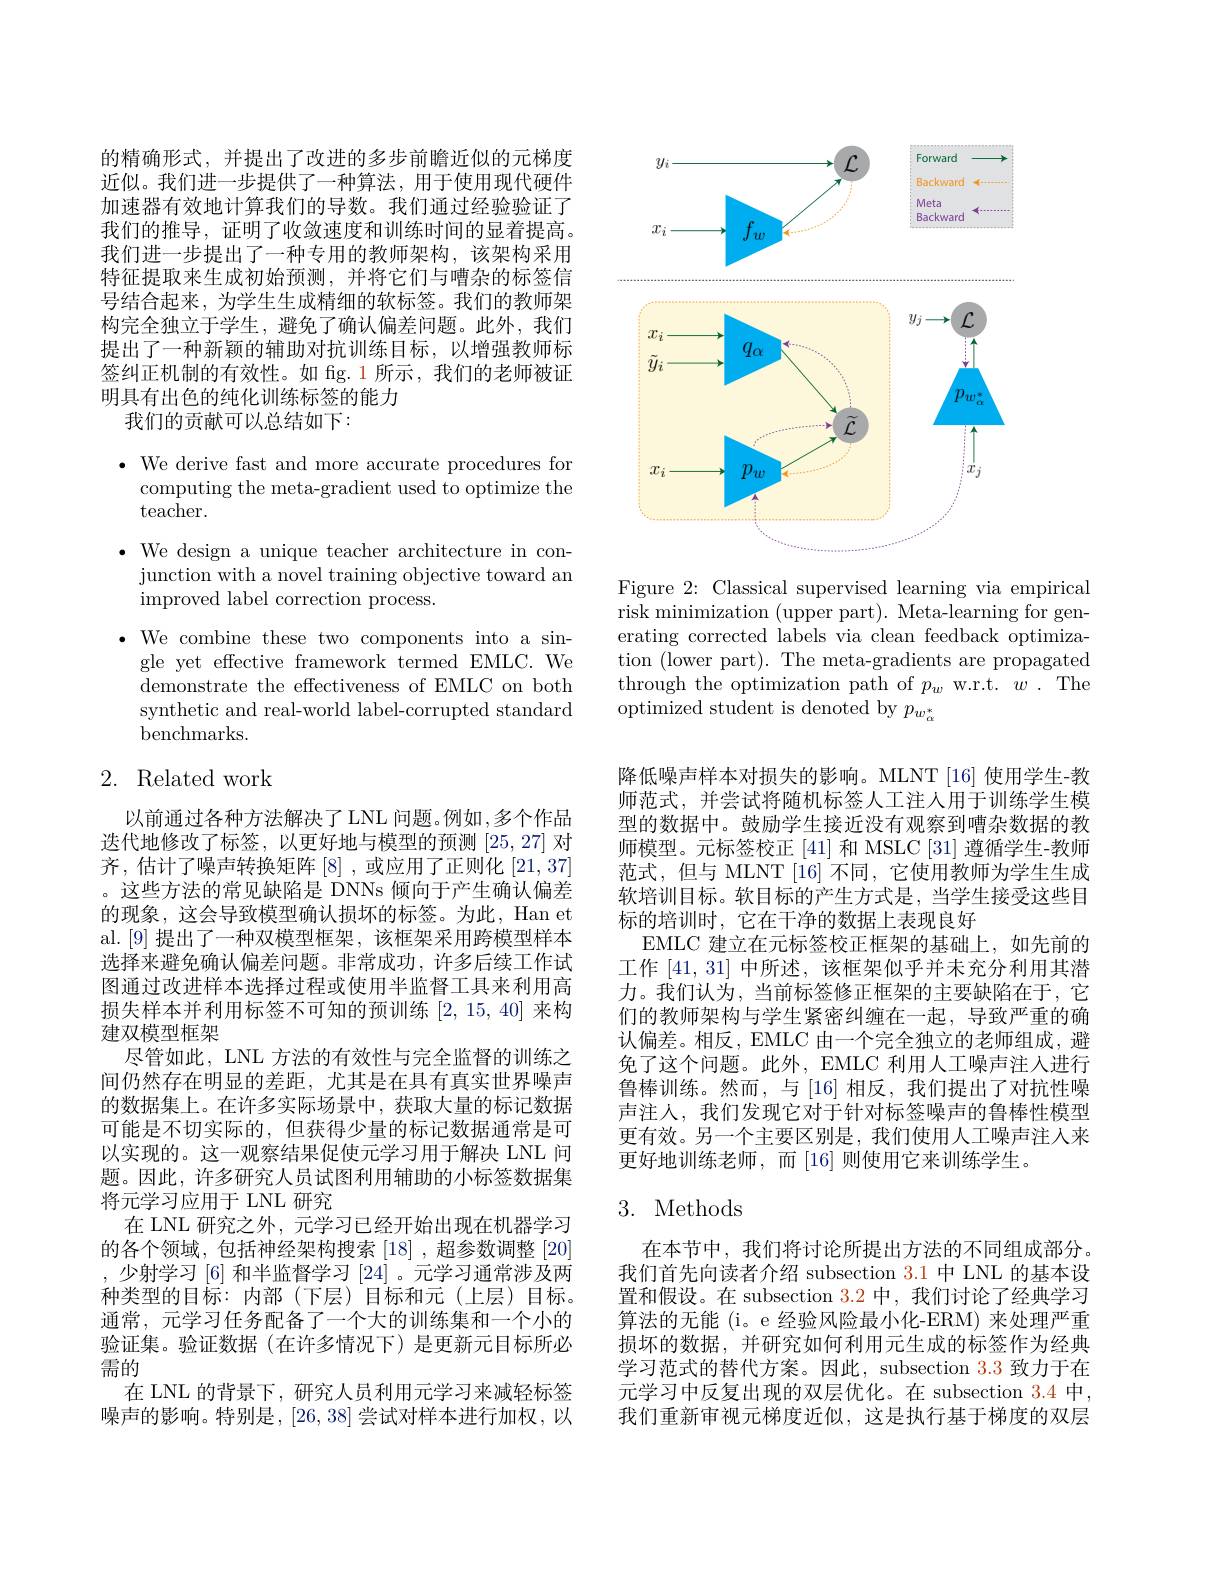
<FigureHere>

Figure 2: Classical supervised learning via empirical $\bar{\text{risk minimization (upper part). Meta-learning for gen-}}$ erating corrected labels via clean feedback optimization (lower part). The meta-gradients are propagated through the optimization path of $p_w$ w.r.t. $w.$ The optimized student is denoted by $p_{w_\alpha^*}$

的精确形式，并提出了改进的多步前瞻近似的元梯度近似。我们进一步提供了一种算法，用于使用现代硬件加速器有效地计算我们的导数。我们通过经验验证了我们的推导，证明了收敛速度和训练时间的显着提高。我们进一步提出了一种专用的教师架构，该架构采用特征提取来生成初始预测，并将它们与嘈杂的标签信号结合起来，为学生生成精细的软标签。我们的教师架构完全独立于学生，避免了确认偏差问题。此外，我们提出了一种新颖的辅助对抗训练目标，以增强教师标签纠正机制的有效性。如 fig.1 所示，我们的老师被证明具有出色的纯化训练标签的能力
我们的贡献可以总结如下：

$\bullet$ We derive fast and more accurate procedures for
computing the meta-gradient used to optimize the
${\mathrm{teacher}}.$
$\bullet$ We design a unique teacher architecture in con-
junction with a novel training objective toward an
improved label correction process.
$\bullet$ We combine these two components into a sin-
gle yet effective framework termed EMLC. We demonstrate the effectiveness of EMLC on both synthetic and real-world label-corrupted standard benchmarks.

## 2. Related work

以前通过各种方法解决了 LNL 问题。例如 ,多个作品迭代地修改了标签，以更好地与模型的预测[25,27]对齐，估计了噪声转换矩阵[8],或应用了正则化[21,37] 。这些方法的常见缺陷是 DNNs 倾向于产生确认偏差的现象，这会导致模型确认损坏的标签。为此，Han et al.[9] 提出了一种双模型框架，该框架采用跨模型样本选择来避免确认偏差问题。非常成功，许多后续工作试图通过改进样本选择过程或使用半监督工具来利用高损失样本并利用标签不可知的预训练[2,15,40]来构建双模型框架
尽管如此，LNL 方法的有效性与完全监督的训练之间仍然存在明显的差距，尤其是在具有真实世界噪声的数据集上。在许多实际场景中，获取大量的标记数据可能是不切实际的，但获得少量的标记数据通常是可以实现的。这一观察结果促使元学习用于解决 LNL 问题。因此，许多研究人员试图利用辅助的小标签数据集将元学习应用于 LNL 研究
在 LNL 研究之外，元学习已经开始出现在机器学习的各个领域，包括神经架构搜索$\left[18\right]$,超参数调整$\left[20\right]$ ,少射学习[6]和半监督学习[24]。元学习通常涉及两种类型的目标：内部(下层)目标和元(上层)目标。通常，元学习任务配备了一个大的训练集和一个小的验证集。验证数据(在许多情况下)是更新元目标所必需的
在 LNL 的背景下，研究人员利用元学习来减轻标签噪声的影响。特别是，[26,38]尝试对样本进行加权，以

降低噪声样本对损失的影响。MLNT [16] 使用学生-教师范式，并尝试将随机标签人工注人用于训练学生模型的数据中。鼓励学生接近没有观察到嘈杂数据的教师模型。元标签校正[41] 和 MSLC[31] 遵循学生-教师范式，但与 MLNT [16] 不同，它使用教师为学生生成软培训目标。软目标的产生方式是，当学生接受这些目标的培训时，它在干净的数据上表现良好
EMLC 建立在元标签校正框架的基础上，如先前的工作[41,31]中所述，该框架似乎并未充分利用其潜力。我们认为，当前标签修正框架的主要缺陷在于，它们的教师架构与学生紧密纠缠在一起，导致严重的确认偏差。相反，EMLC 由一个完全独立的老师组成，避免了这个问题。此外，EMLC 利用人工噪声注人进行鲁棒训练。然而，与[16]相反，我们提出了对抗性噪声注人，我们发现它对于针对标签噪声的鲁棒性模型更有效。另一个主要区别是，我们使用人工噪声注人来更好地训练老师，而$\left[16\right]$则使用它来训练学生。

## 3. Methods

在本节中，我们将讨论所提出方法的不同组成部分。我们首先向读者介绍 subsection 3.1 中 LNL 的基本设置和假设。在 subsection 3.2 中，我们讨论了经典学习算法的无能 (i。e 经验风险最小化-ERM) 来处理严重损坏的数据，并研究如何利用元生成的标签作为经典学习范式的替代方案。因此，subsection 3.3 致力于在元学习中反复出现的双层优化。在 subsection 3.4 中， 我们重新审视元梯度近似，这是执行基于梯度的双层